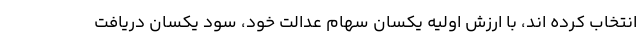
انتخاب کرده اند، با ارزش اولیه یکسان سهام عدالت خود، سود یکسان دریافت